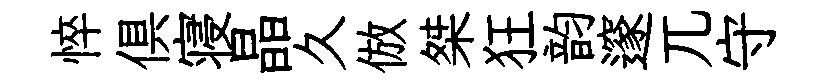
悴俱寝晶久倣桀狂韵邃兀守